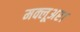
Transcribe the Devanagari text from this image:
मक्लूअर।